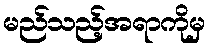
မည်သည့်အရာကိုမှ